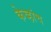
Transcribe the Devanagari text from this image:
केव्हांच